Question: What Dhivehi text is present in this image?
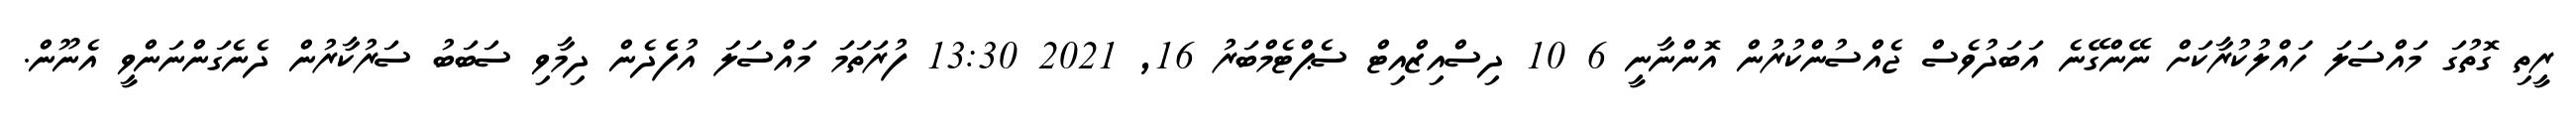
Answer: ރީތި ގޮތުގަ މައްސަލަ ހައްލުކުރާކަށް ނޭންގޭނެ އަބަދުވެސް ޖެއްސުންކުރުން އޮންނާނީ 6 10 ދިސްއިޒްއިޓް ސެޕްޓެމްބަރު 16, 2021 13:30 ފުރަތަމަ މައްސަލަ އުފެެދެން ދިމާވި ސަބަބު ސަރުކާރުން ދެނެގަންނަންވީ އެނޫން.